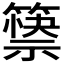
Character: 𰪘